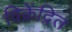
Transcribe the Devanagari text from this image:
विक्रेंद्रित